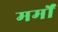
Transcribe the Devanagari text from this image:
मर्मों